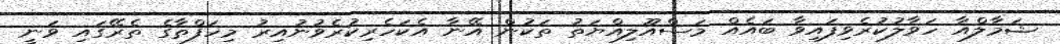
ޝަމާލްއާ ހަވާލުކުރެވިފައިވާ ބައެއް މަސްއޫލިއްޔަތު ތަކުން އޭނާ އެކަހެރިކުރެވުނުއިރު މިހަފްތާގެ ތެރޭގައި ވަނީ